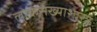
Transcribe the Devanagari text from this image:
लोकसंख्याशास्त्र